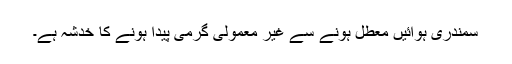
سمندری ہوائیں معطل ہونے سے غیر معمولی گرمی پیدا ہونے کا خدشہ ہے۔